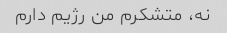
نه، متشکرم من رژیم دارم